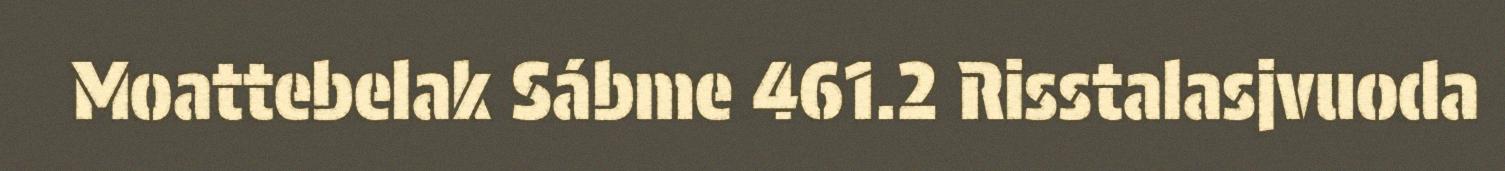
Moattebelak Sábme 461.2 Risstalasjvuoda